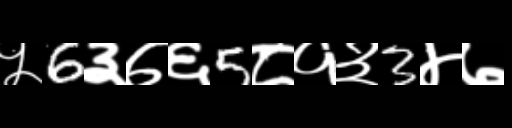
Text: ५6३७६5८१३3४७